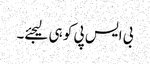
بی ایس پی کو ہی لیجئے۔